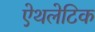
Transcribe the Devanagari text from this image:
ऐथलेटिक